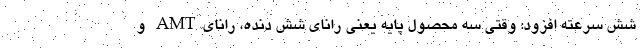
شش سرعته افزود: وقتی سه محصول پایه یعنی رانای شش دنده، رانایAMT و